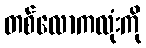
တစ်လောကလုံးကို